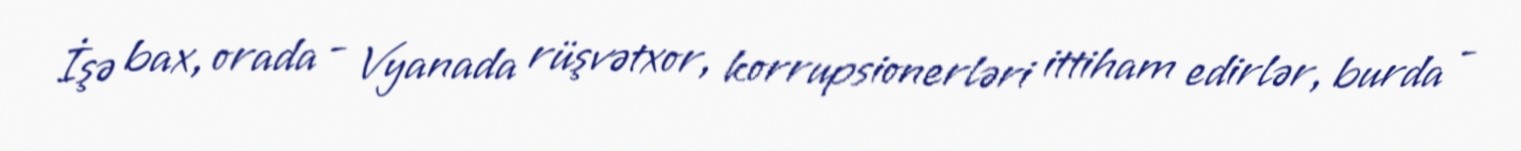
İşə bax, orada - Vyanada rüşvətxor, korrupsionerləri ittiham edirlər, burda -